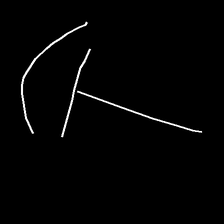
Glyph: dispersion